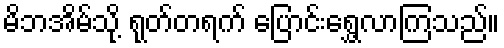
မိဘအိမ်သို့ ရုတ်တရက် ပြောင်းရွှေ့လာကြသည်။